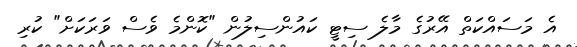
އެ މަސައްކަތް އޭރުގެ މާލެ ސިޓީ ކައުންސިލުން "ކޮންމެ ވެސް ވަރަކަށް" ކުރި